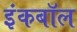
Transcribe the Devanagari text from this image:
इंकबॉल